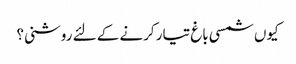
کیوں شمسی باغ تیار کرنے کے لئے روشنی؟